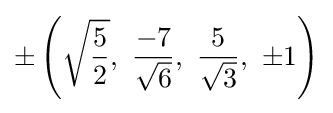
\pm \left({\sqrt {\frac {5}{2}}},\ {\frac {-7}{\sqrt {6}}},\ {\frac {5}{\sqrt {3}}},\ \pm 1\right)